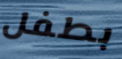
بطفل